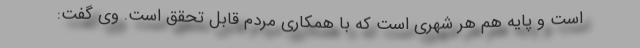
است و پایه هم هر شهری است که با همکاری مردم قابل تحقق است. وی گفت: